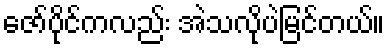
ဇော်ပိုင်ကလည်း အဲသလိုပဲမြင်တယ်။